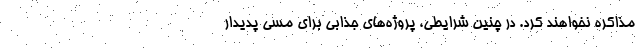
مذاکره نخواهند کرد. در چنین شرایطی، پروژه‌های جذابی برای مسی پدیدار